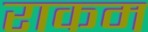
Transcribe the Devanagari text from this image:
राकम